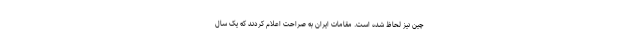
چین نیز لحاظ شده است. مقامات ایران به صراحت اعلام کردند که یک سال